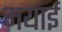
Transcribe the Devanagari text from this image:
मयाई